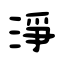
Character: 淨